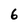
Character: 6